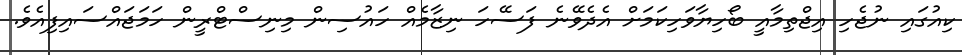
ކިއުގައި ނުޖެހި އިޖްތިމާއީ ބޯހިޔާވަހިކަމަށް އެދެވޭނެ ފަސޭހަ ނިޒާމެއް ހައުސިން މިނިސްޓްރީން ހަމަޖައްސައިފިއެވެ.